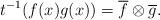
LaTeX: \begin{align*}t^{-1}(f(x) g(x))=\overline{f} \otimes \overline{g}.\end{align*}